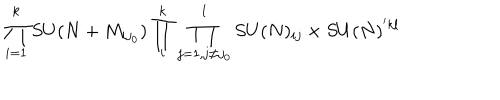
LaTeX: \prod _ { i = 1 } ^ { k } S U ( N + M _ { i j _ { 0 } } ) \prod _ { i } ^ { k } \prod _ { j = 1 , j \ne j _ { 0 } } ^ { l } S U ( N ) _ { i j } \times S U ( N ) ^ { ' k l }